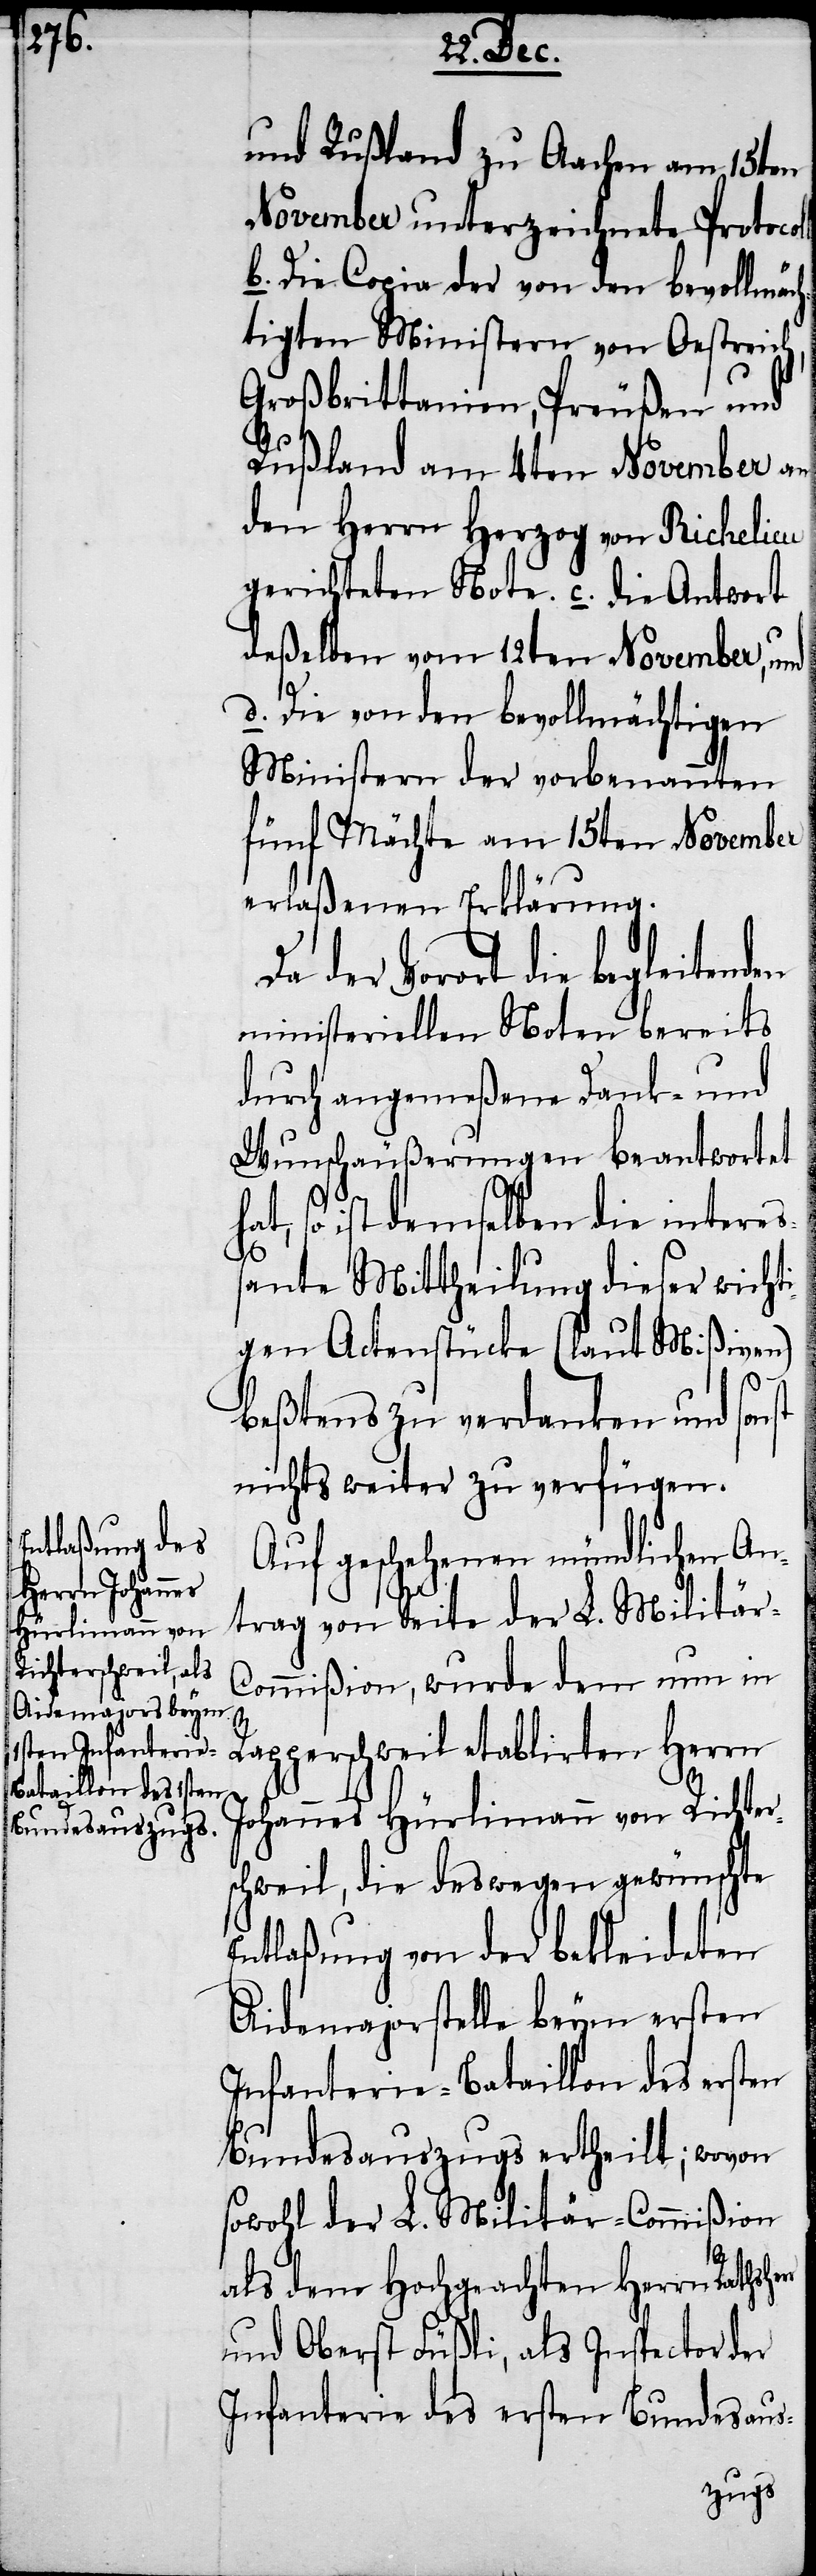
und Rußland zu Aachen am 15ten
November unterzeichnete Protocol¬
b. Die Copia der von den bevollmäch¬
tigen Ministern von Oestreich,
Großbrittanien, Preußen und
Rußland am 4ten November an
den Herrn Herzog von Richelieu
gerichteten Note. c. die Antwort
deßelben vom 12ten November, und
d. Die von den bevollmächtigten
Ministern der vorbenannten
fünf Mächte am 15ten November
erlaßenen Erklärungen.
Da der Vorort die begleitend¬
ministeriellen Noten bereits
durch angemeßene Dank- und
Wunschäußerungen beantwortet
hat, so ist demselben die intereß¬
ante Mittheilung dieser wicht¬
igen Actenstücke (laut Mißiven)
beßtens zu verdanken und sonst
nichts weiter zu verfügen.
Auf geschehenen mündlichen An¬
r
trag von Seite der L. Militär-C¬
ommißion, wurde dem nun in
en
Rapperschweil etablirten Herrn
Johannes Hürlimann von Richter¬
schweil, die deswegen gewünschte
Entlaßung von der bekleideten
Aidemajorstelle beym ersten
Infanterie-Bataillon des ersten
Bundesauszugs ertheilt; wovon
sowohl der L. Militär-Commißion
als dem Hochgeachten Herrn Rathsher¬
und Oberst Füßli, als Inspector der
Infanterie des ersten Bundesaus-